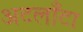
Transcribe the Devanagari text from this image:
अटलाँटा